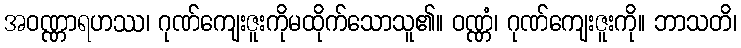
အဝဏ္ဏာရဟဿ၊ ဂုဏ်ကျေးဇူးကိုမထိုက်သောသူ၏။ ဝဏ္ဏံ၊ ဂုဏ်ကျေးဇူးကို။ ဘာသတိ၊